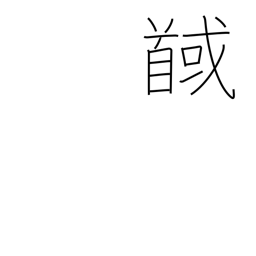
Meaning: behead